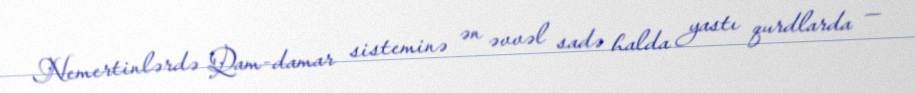
Nemertinlərdə Qam-damar sisteminə ən əvvəl sadə halda yastı qurdlarda —